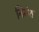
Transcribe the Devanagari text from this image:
निमेश